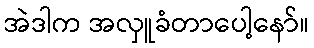
အဲဒါက အလှူခံတာပေါ့နော်။